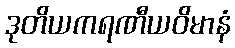
ဒုတိယကရဏီယဝိမာနံ